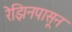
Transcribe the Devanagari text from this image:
रेझिनपासून